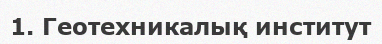
1. Геотехникалық институт